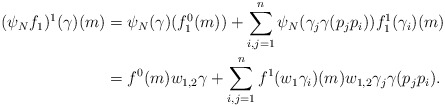
\begin{align*}(\psi_Nf_1)^1(\gamma)(m) &= \psi_N(\gamma)(f^0_1(m)) + \sum_{i,j=1}^{n} \psi_N(\gamma_j\gamma(p_jp_i)) f^1_1(\gamma_i)(m)\\ &= f^0(m) w_{1,2} \gamma + \sum_{i,j=1}^{n} f^1(w_1\gamma_i)(m) w_{1,2} \gamma_j\gamma(p_jp_i).\end{align*}